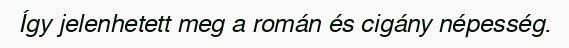
Így jelenhetett meg a román és cigány népesség.